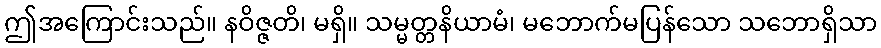
ဤအကြောင်းသည်။ နဝိဇ္ဇတိ၊ မရှိ။ သမ္မတ္တနိယာမံ၊ မဘောက်မပြန်သော သဘောရှိသာ